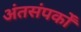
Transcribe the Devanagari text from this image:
अंतसंपर्कों